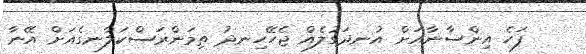
ފަހެ އިންސާނާއަށް އުނދަގުލެއް ޖެހޭހިނދު ތިމަންރަސްކަލާނގެއަށް އޭނާ